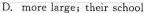
D. more large; their school